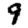
Digit: 9